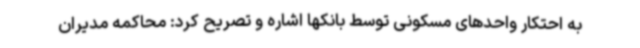
به احتکار واحدهای مسکونی توسط بانکها اشاره و تصریح کرد: محاکمه مدیران